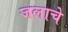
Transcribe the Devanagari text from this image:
जलाचे